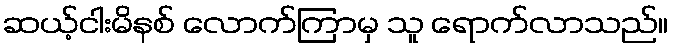
ဆယ့်ငါးမိနစ် လောက်ကြာမှ သူ ရောက်လာသည်။